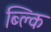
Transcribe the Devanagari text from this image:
ब्ल्कि